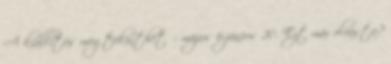
A kiállítás megtekinthető: május 6-június 20. Ezt már olvasta?